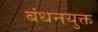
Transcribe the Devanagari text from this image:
बंधनयुक्त